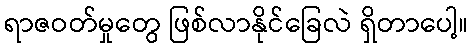
ရာဇဝတ်မှုတွေ ဖြစ်လာနိုင်ခြေလဲ ရှိတာပေါ့။